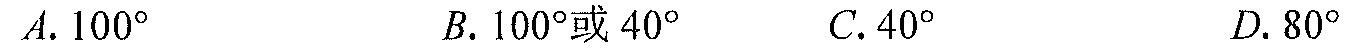
$A.100^{\circ}$  $B.100^{\circ}\text{或}40^{\circ}$  $C.40^{\circ}$  $D.80^{\circ}$